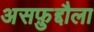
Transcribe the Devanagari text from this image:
असफ़ुद्दौला